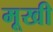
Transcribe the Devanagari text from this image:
मूखी